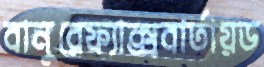
বানুরেফ্যাক্সবার্তায়ড